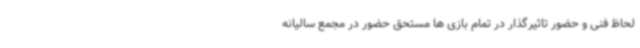
لحاظ فنی و حضور تاثیرگذار در تمام بازی ها مستحق حضور در مجمع سالیانه